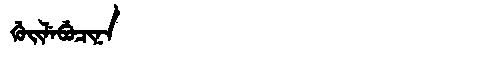
Manchu: ᡤᡠᡳᠯᡝᠪᡠᠴᡳᠨᠠ
Romanization: GUILEBUCINA